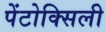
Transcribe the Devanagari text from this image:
पेंटोक्सिली